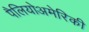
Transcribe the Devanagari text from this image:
पैलियोअमेरिकी